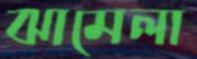
ঝামেলা